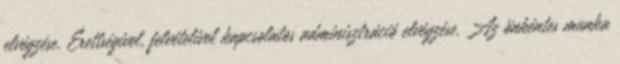
elvégzése. Érettségivel, felvételivel kapcsolatos adminisztráció elvégzése. Az önkéntes munka